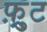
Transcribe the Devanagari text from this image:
फ़्रुट